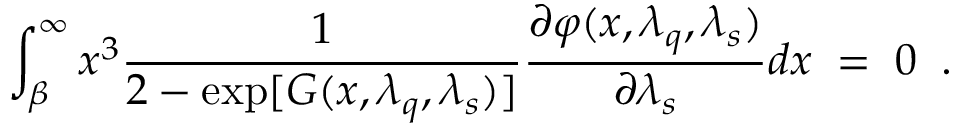
\int _ { \beta } ^ { \infty } x ^ { 3 } \frac { 1 } { 2 - \exp [ G ( x , \lambda _ { q } , \lambda _ { s } ) ] } \frac { \partial \varphi ( x , \lambda _ { q } , \lambda _ { s } ) } { \partial \lambda _ { s } } d x \; = \; 0 \; \; .